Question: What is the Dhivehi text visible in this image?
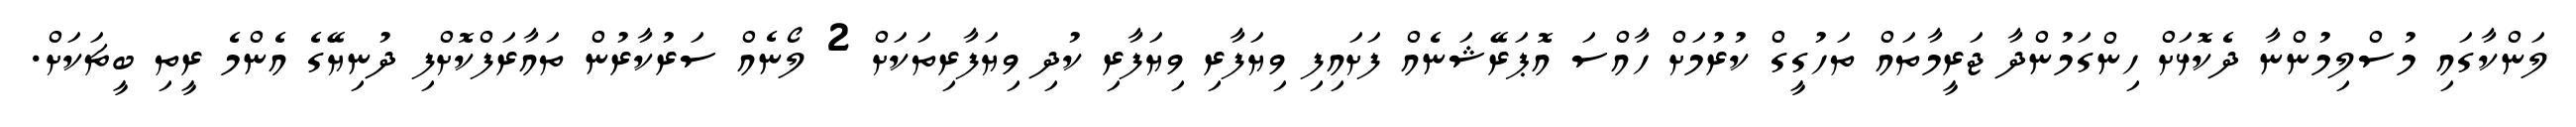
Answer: ލަންކާގައި މުސްލިމުންނާ ދެކޮޅަށް ހިންގަމުންދާ ޖަރީމާތައް ތަހުގީގް ކުރުމަށް ހާއްސަ އޮޕަރޭޝަނެއް ފަށައިފި ވިޔަފާރި ވިޔަފާރި ކުދި ވިޔަފާރިތަކަށް 2 ލޯނެއް ސަރުކާރުން ތައާރަފްކޮށްފި ދުނިޔޭގެ އެންމެ ރީތި ބީޗަކަށް.